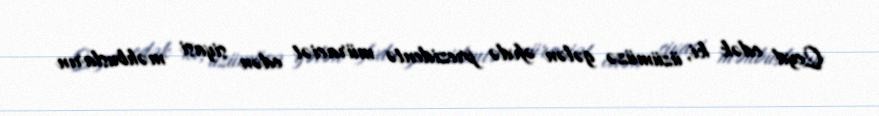
Qeyd edək ki, üzümüzə gələn əfvdə prezidentə müraciət edən siyasi məhbusların